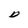
Character: D